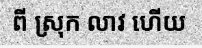
ពី ស្រុក លាវ ហើយ